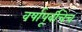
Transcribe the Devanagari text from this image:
वर्षापूर्वीचेच